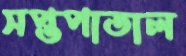
সপ্তপাতাল